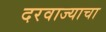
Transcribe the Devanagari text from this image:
दरवाज्याचा